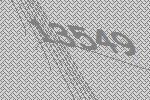
13549